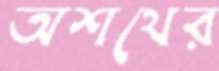
অশথের